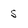
Character: s